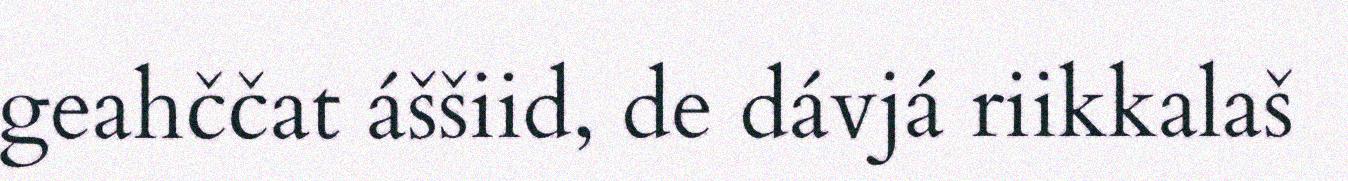
geahččat áššiid, de dávjá riikkalaš